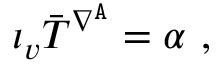
\iota _ { v } \bar { T } ^ { \nabla ^ { \mathtt { A } } } = \alpha \ ,